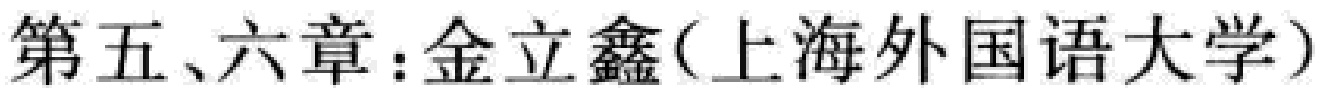
第五、六章：金立鑫(上海外国语大学)